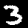
Label: 3